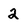
Character: 2